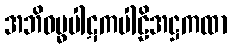
အဘိဓမ္ဓပါဋကပါဠိအဋ္ဌကထာ